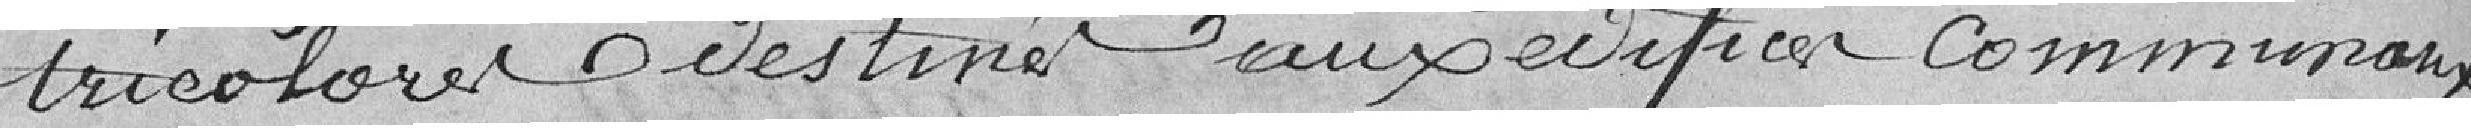
tricolores destinés aux édifices communaux